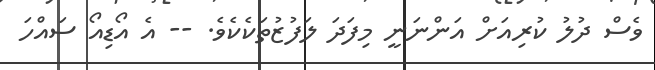
ވެސް ދުލު ކުރިއަށް އަންނަނީ މިފަދަ ލަފުޒުތަކެކެވެ. -- އެ އޯޑިއޯ ސައްހަ